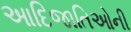
આદિજાતિઓની